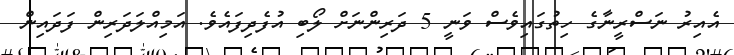
އެއިރު ނަސްރީނާގެ ހިިތުގައިވެސް ވަނީ 5 ދަރިންނަށް ލޯބި އުފެދިފައެވެ. އަމިއްލަދަރިން ފަދައިން